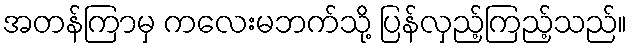
အတန်ကြာမှ ကလေးမဘက်သို့ ပြန်လှည့်ကြည့်သည်။